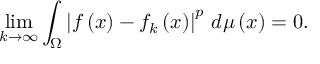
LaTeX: \operatorname* { l i m } _ { k \to \infty } \int _ { \Omega } \left\vert { f } \left( x \right) - { f } _ { k } \left( x \right) \right\vert ^ { p } \, { d \mu \left( x \right) } = 0 .